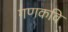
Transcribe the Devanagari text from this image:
गणकवि